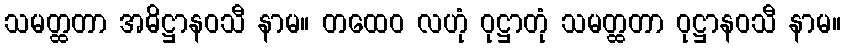
သမတ္ထတာ အဓိဋ္ဌာနဝသီ နာမ။ တထေဝ လဟုံ ဝုဋ္ဌာတုံ သမတ္ထတာ ဝုဋ္ဌာနဝသီ နာမ။